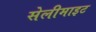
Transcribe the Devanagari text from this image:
सेलीमाइट